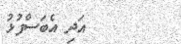
٢٨        އަދި އެބަސްފުޅު